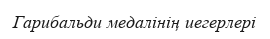
Гарибальди медалінің иегерлері